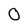
Character: O